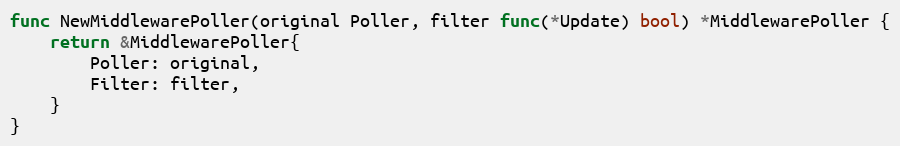
Language: Go
func NewMiddlewarePoller(original Poller, filter func(*Update) bool) *MiddlewarePoller {
	return &MiddlewarePoller{
		Poller: original,
		Filter: filter,
	}
}